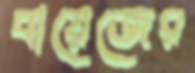
বায়েজের